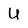
Character: U